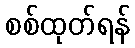
စစ်ထုတ်ရန်